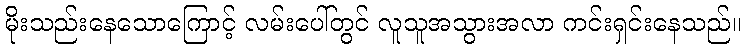
မိုးသည်းနေသောကြောင့် လမ်းပေါ်တွင် လူသူအသွားအလာ ကင်းရှင်းနေသည်။